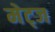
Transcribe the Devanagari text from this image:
मेट्ज